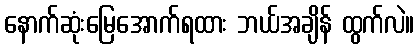
နောက်ဆုံးမြေအောက်ရထား ဘယ်အချိန် ထွက်လဲ။